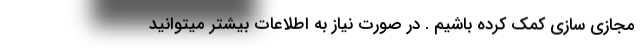
مجازی سازی کمک کرده باشیم . در صورت نیاز به اطلاعات بیشتر میتوانید